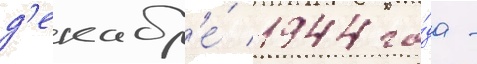
д'екабр'е́ 1944 го́да -